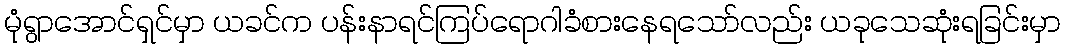
မုံရွာအောင်ရှင်မှာ ယခင်က ပန်းနာရင်ကြပ်ရောဂါခံစားနေရသော်လည်း ယခုသေဆုံးရခြင်းမှာ